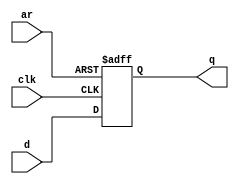
module top_module (
    input clk,
    input d, 
    input ar,   // asynchronous reset
    output q
);

always @ (posedge clk or posedge ar) begin 
    if (ar) 
        q <= 1'b0;
    else
        q <= d;
end

endmodule